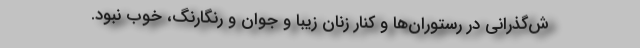
ش‌گذرانی در رستوران‌ها و کنار زنان زیبا و جوان و رنگارنگ، خوب نبود.